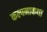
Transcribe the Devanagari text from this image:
कल्पनाकथा